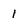
Character: I